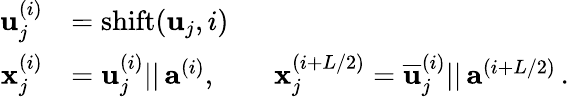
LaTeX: \begin{array}{rl}{\mathbf{u}_{j}^{(i)}}&{=\mathrm{shift}(\mathbf{u}_{j},i)}\\ {\mathbf{x}_{j}^{(i)}}&{=\mathbf{u}_{j}^{(i)}||\, \mathbf{a}^{(i)},\qquad\mathbf{x}_{j}^{(i+L/2)}=\overline{{\mathbf{u}}}_{j}^{(i)}||\, \mathbf{a}^{(i+L/2)}\, .}\end{array}